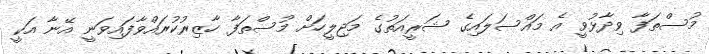
މުސްތަފާ ވިދާޅުވީ އެ މައްސަލައިގެ ޝަރީއަތުގެ މަޖިލީހަށް މުސްތަފާ ހާޒިރުކުރައްވާފައިވަނީ އޭނާ އަކީ